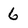
Character: 6